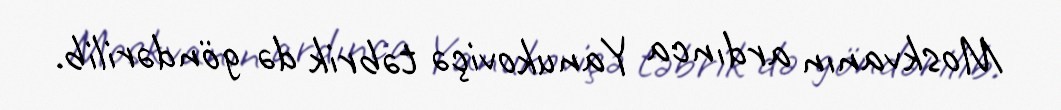
Moskvanın ardınca Yanukoviçə təbrik də göndərilib.